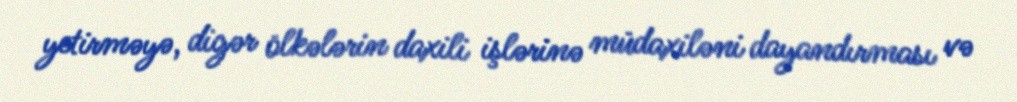
yetirməyə, digər ölkələrin daxili işlərinə müdaxiləni dayandırması və